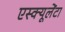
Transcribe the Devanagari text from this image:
एस्क्यूलेंटा